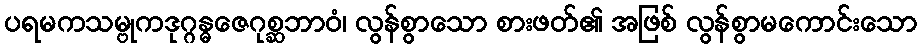
ပရမကသမ္ဗုကဒုဂ္ဂန္ဓဇေဂုစ္ဆဘာဝံ၊ လွန်စွာသော စားဖတ်၏ အဖြစ် လွန်စွာမကောင်းသော